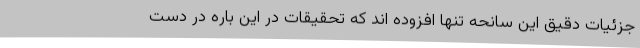
جزئیات دقیق این سانحه تنها افزوده اند که تحقیقات در این باره در دست